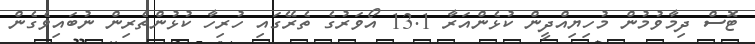
ޓޮސް ދިމާވުމުން މުހިޔިއްދީން ކުޅެންއަރާ 13.1 އޯވަރުގެ ތެރޭގައި ހުރިހާ ކުޅުންތެރިން ނުބައިވެގެން